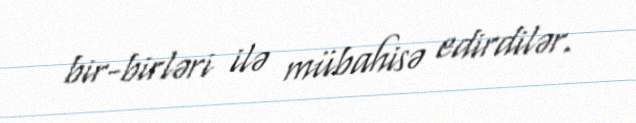
bir-birləri ilə mübahisə edirdilər.